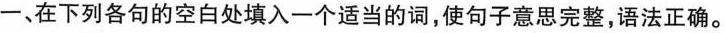
一、在下列各句的空白处填入一个适当的词,使句子意思完整,语法正确。